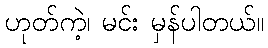
ဟုတ်ကဲ့၊ မင်း မှန်ပါတယ်။